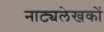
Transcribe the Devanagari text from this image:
नाट्यलेखकों